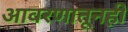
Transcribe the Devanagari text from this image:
आवरणातूनही